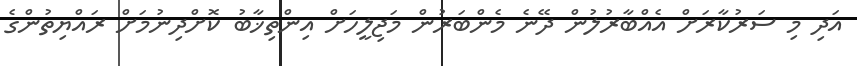
އަދި މި ސަރުކާރަށް އެއްބާރުލުން ދޭނެ މެންބަރުން މަޖިލީހަށް އިންތިޚާބު ކޮށްދިނުމަށް ރައްޔިތުންގެ